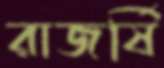
রাজর্ষি